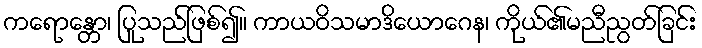
ကရောန္တော၊ ပြုသည်ဖြစ်၍။ ကာယဝိသမာဒိယောဂေန၊ ကိုယ်၏မညီညွတ်ခြင်း